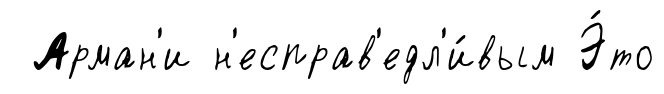
Арман'и н'есправ'едл'и́вым Э́то